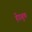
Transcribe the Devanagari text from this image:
हेंडबुक